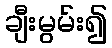
ချီးမွမ်း၍